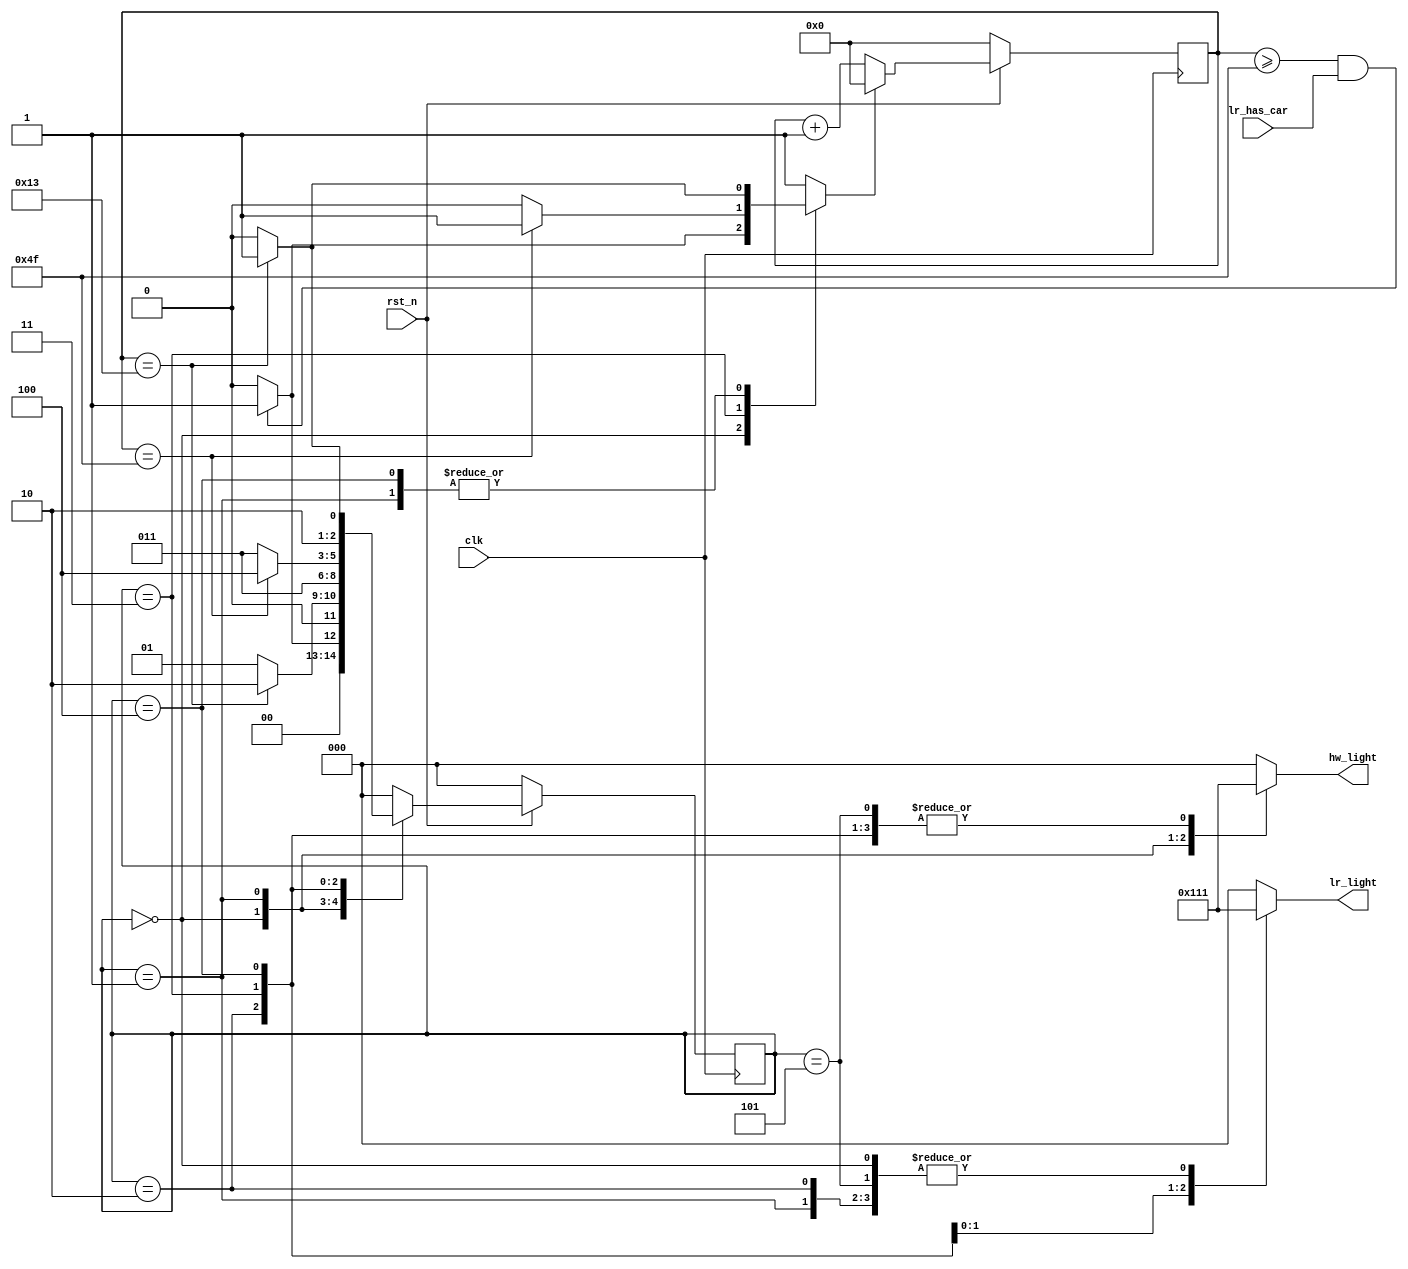
`timescale 1ns/1ps

module Traffic_Light_Controller (clk, rst_n, lr_has_car, hw_light, lr_light);
input clk, rst_n;
input lr_has_car;
output [2:0] hw_light;//hw_light[2]==green , hw_light[1]==yellow , hw_light[0]==red;
output [2:0] lr_light;

parameter S0 = 3'd0;
parameter S1 = 3'd1;
parameter S2 = 3'd2;
parameter S3 = 3'd3;
parameter S4 = 3'd4;
parameter S5 = 3'd5;
parameter g_time = 10'd80;
parameter y_time = 10'd20;

reg [2:0] hw_light;
reg [2:0] lr_light;
reg [2:0] state;
reg [2:0] next_state;

reg [9:0] count;//counting the cycles that the green &&yellow light been
reg recount ;   

//COUNT 
always @(posedge clk) begin
    if (!rst_n) begin
        count <= 0;
    end else begin
        if(recount == 1'b1)
            count <= 0 ;
        else
            count <= count + 1'b1;
    end
end

//sequential 
always @(posedge clk) begin
    if(!rst_n)
        state <= S0;
    else
        state <= next_state;
end

//state calculation combinational
always @(*)begin
   case (state)
   S0:begin
      hw_light = 3'b100;
      lr_light = 3'b001;
      if(count >= (g_time -1)&& lr_has_car == 1'b1)begin
        recount = 1'b1;
        next_state = S1;
      end else begin
        recount = 1'b0;
        next_state = S0;
      end
   end
   S1:begin
      hw_light = 3'b010;
      lr_light = 3'b001;  
      if(count == (y_time-1))begin
        recount = 1'b1;
        next_state = S2;
      end else begin
        recount = 1'b0;
        next_state = S1;
      end 
   end 
   S2:begin
      hw_light = 3'b001;
      lr_light = 3'b001;
      recount = 1'b1;
      next_state = S3;
   end
   S3:begin
      hw_light = 3'b001;
      lr_light = 3'b100;   
      if(count == (g_time-1))begin
        recount = 1'b1;
        next_state = S4;
      end else begin
        recount = 1'b0;
        next_state = S3;
      end
   end 
 
   S4:begin
      hw_light = 3'b001;
      lr_light = 3'b010;  
      if(count == (y_time-1))begin
        recount = 1'b1;
        next_state = S5;
      end else begin
        recount = 1'b0;
        next_state = S4;
      end  
   end
   S5:begin
      hw_light = 3'b001;
      lr_light = 3'b001;  
      recount = 1'b1;
      next_state = S0; 
   end 
   default:begin
      hw_light = 3'b000;//dummy
      lr_light = 3'b000;  
      recount = 1'b1;
      next_state = S0; 
   end 
   endcase
end


endmodule